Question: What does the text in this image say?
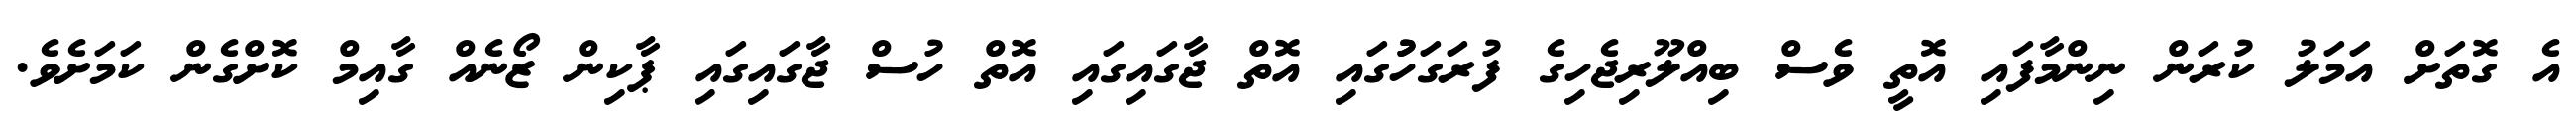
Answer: އެ ގޮތަށް އަމަލު ކުރަން ނިންމާފައި އޮތީ ވެސް ބިއްލޫރިޖެހިގެ ފުރަގަހުުގައި އޮތް ޖާގައިގައި އޮތް ހުސް ޖާގައިގައި ޕާކިން ޒޯނެއް ގާއިމް ކޮށްގެން ކަމަށެވެ.